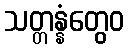
သတ္တန္နံတွေဝ